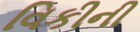
વિકીની